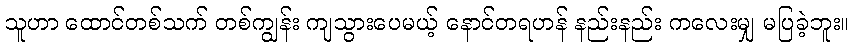
သူဟာ ထောင်တစ်သက် တစ်ကျွန်း ကျသွားပေမယ့် နောင်တရဟန် နည်းနည်း ကလေးမျှ မပြခဲ့ဘူး။